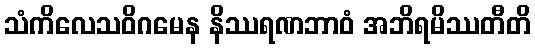
သံကိလေသဝိဂမေန နိဿရဏဘာဝံ အဘိရမိဿတီတိ